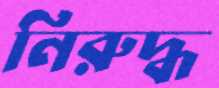
নিরুদ্ধ